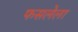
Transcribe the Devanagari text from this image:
फसलेला